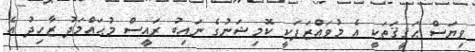
ވިޔަސް ޙަޤީޤަތަކީ އެ މުވައްޒަފަކީ ކޮމިޝަނުގެ ނައިބު ރައީސް މުޙައްމަދު ޒާހިދު އެ